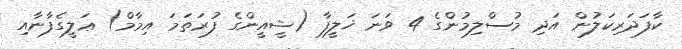
ކާފަދަރިކަލުން އަދި މުސްލިމުންގެ 4 ވަނަ ޚަލީފާ (ޝީއީންގެ ފުރަތަމަ އިމާމް) ޢަލީގެފާނާއި